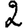
Digit: 2